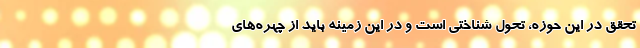
تحقق در این حوزه، تحول شناختی است و در این زمینه باید از چهره‌های